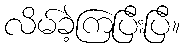
လိမ်ခဲ့ကြပြီးပြီ။